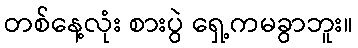
တစ်နေ့လုံး စားပွဲ ရှေ့ကမခွာဘူး။